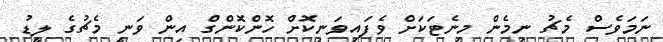
ނަމަވެސް މެޗު ނިމެން މިނެޓަކަށް ވެފައިވަނިކޮށް ހޮންކޮންގް އިން ވަނީ މެޗުގެ ލީޑު